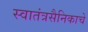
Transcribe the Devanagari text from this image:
स्वातंत्रसैनिकाचे